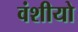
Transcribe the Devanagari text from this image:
वंशीयो